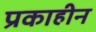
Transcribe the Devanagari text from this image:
प्रकाहीन